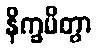
နိက္ခမိတွာ